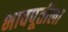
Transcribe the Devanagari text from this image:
भावपूर्तीला